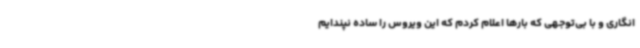
انگاری و با بی‌توجهی که بارها اعلام کردم که این ویروس را ساده نپندایم